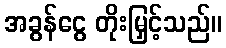
အခွန်ငွေ တိုးမြှင့်သည်။